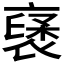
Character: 𮖥